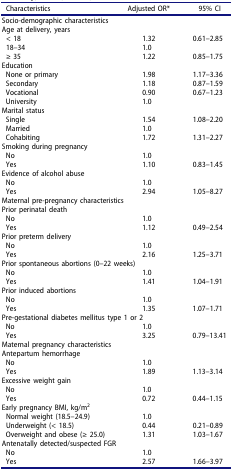
<table><thead><tr><td><b>Characteristics</b></td><td><b>Adjusted OR*</b></td><td><b>95% CI</b></td></tr></thead><tbody><tr><td colspan="3">Socio-demographic characteristics</td></tr><tr><td colspan="3">Age at delivery, years</td></tr><tr><td>&lt; 18</td><td>1.32</td><td>0.61–2.85</td></tr><tr><td>18–34</td><td>1.0</td><td> </td></tr><tr><td>≥ 35</td><td>1.22</td><td>0.85–1.75</td></tr><tr><td colspan="3">Education</td></tr><tr><td>None or primary</td><td>1.98</td><td>1.17–3.36</td></tr><tr><td>Secondary</td><td>1.18</td><td>0.87–1.59</td></tr><tr><td>Vocational</td><td>0.90</td><td>0.67–1.23</td></tr><tr><td>University</td><td>1.0</td><td> </td></tr><tr><td colspan="3">Marital status</td></tr><tr><td>Single</td><td>1.54</td><td>1.08–2.20</td></tr><tr><td>Married</td><td>1.0</td><td> </td></tr><tr><td>Cohabiting</td><td>1.72</td><td>1.31–2.27</td></tr><tr><td colspan="3">Smoking during pregnancy</td></tr><tr><td>No</td><td>1.0</td><td> </td></tr><tr><td>Yes</td><td>1.10</td><td>0.83–1.45</td></tr><tr><td colspan="3">Evidence of alcohol abuse</td></tr><tr><td>No</td><td>1.0</td><td> </td></tr><tr><td>Yes</td><td>2.94</td><td>1.05–8.27</td></tr><tr><td colspan="3">Maternal pre-pregnancy characteristics</td></tr><tr><td colspan="3">Prior perinatal death</td></tr><tr><td>No</td><td>1.0</td><td> </td></tr><tr><td>Yes</td><td>1.12</td><td>0.49–2.54</td></tr><tr><td colspan="3">Prior preterm delivery</td></tr><tr><td>No</td><td>1.0</td><td> </td></tr><tr><td>Yes</td><td>2.16</td><td>1.25–3.71</td></tr><tr><td colspan="3">Prior spontaneous abortions (0–22 weeks)</td></tr><tr><td>No</td><td>1.0</td><td> </td></tr><tr><td>Yes</td><td>1.41</td><td>1.04–1.91</td></tr><tr><td colspan="3">Prior induced abortions</td></tr><tr><td>No</td><td>1.0</td><td> </td></tr><tr><td>Yes</td><td>1.35</td><td>1.07–1.71</td></tr><tr><td colspan="3">Pre-gestational diabetes mellitus type 1 or 2</td></tr><tr><td>No</td><td>1.0</td><td> </td></tr><tr><td>Yes</td><td>3.25</td><td>0.79–13.41</td></tr><tr><td colspan="3">Maternal pregnancy characteristics</td></tr><tr><td colspan="3">Antepartum hemorrhage</td></tr><tr><td>No</td><td>1.0</td><td> </td></tr><tr><td>Yes</td><td>1.89</td><td>1.13–3.14</td></tr><tr><td colspan="3">Excessive weight gain</td></tr><tr><td>No</td><td>1.0</td><td> </td></tr><tr><td>Yes</td><td>0.72</td><td>0.44–1.15</td></tr><tr><td colspan="3">Early pregnancy BMI, kg/m<sup>2</sup></td></tr><tr><td>Normal weight (18.5–24.9)</td><td>1.0</td><td> </td></tr><tr><td>Underweight (&lt; 18.5)</td><td>0.44</td><td>0.21–0.89</td></tr><tr><td>Overweight and obese (≥ 25.0)</td><td>1.31</td><td>1.03–1.67</td></tr><tr><td colspan="3">Antenatally detected/suspected FGR</td></tr><tr><td>No</td><td>1.0</td><td> </td></tr><tr><td>Yes</td><td>2.57</td><td>1.66–3.97</td></tr></tbody></table>